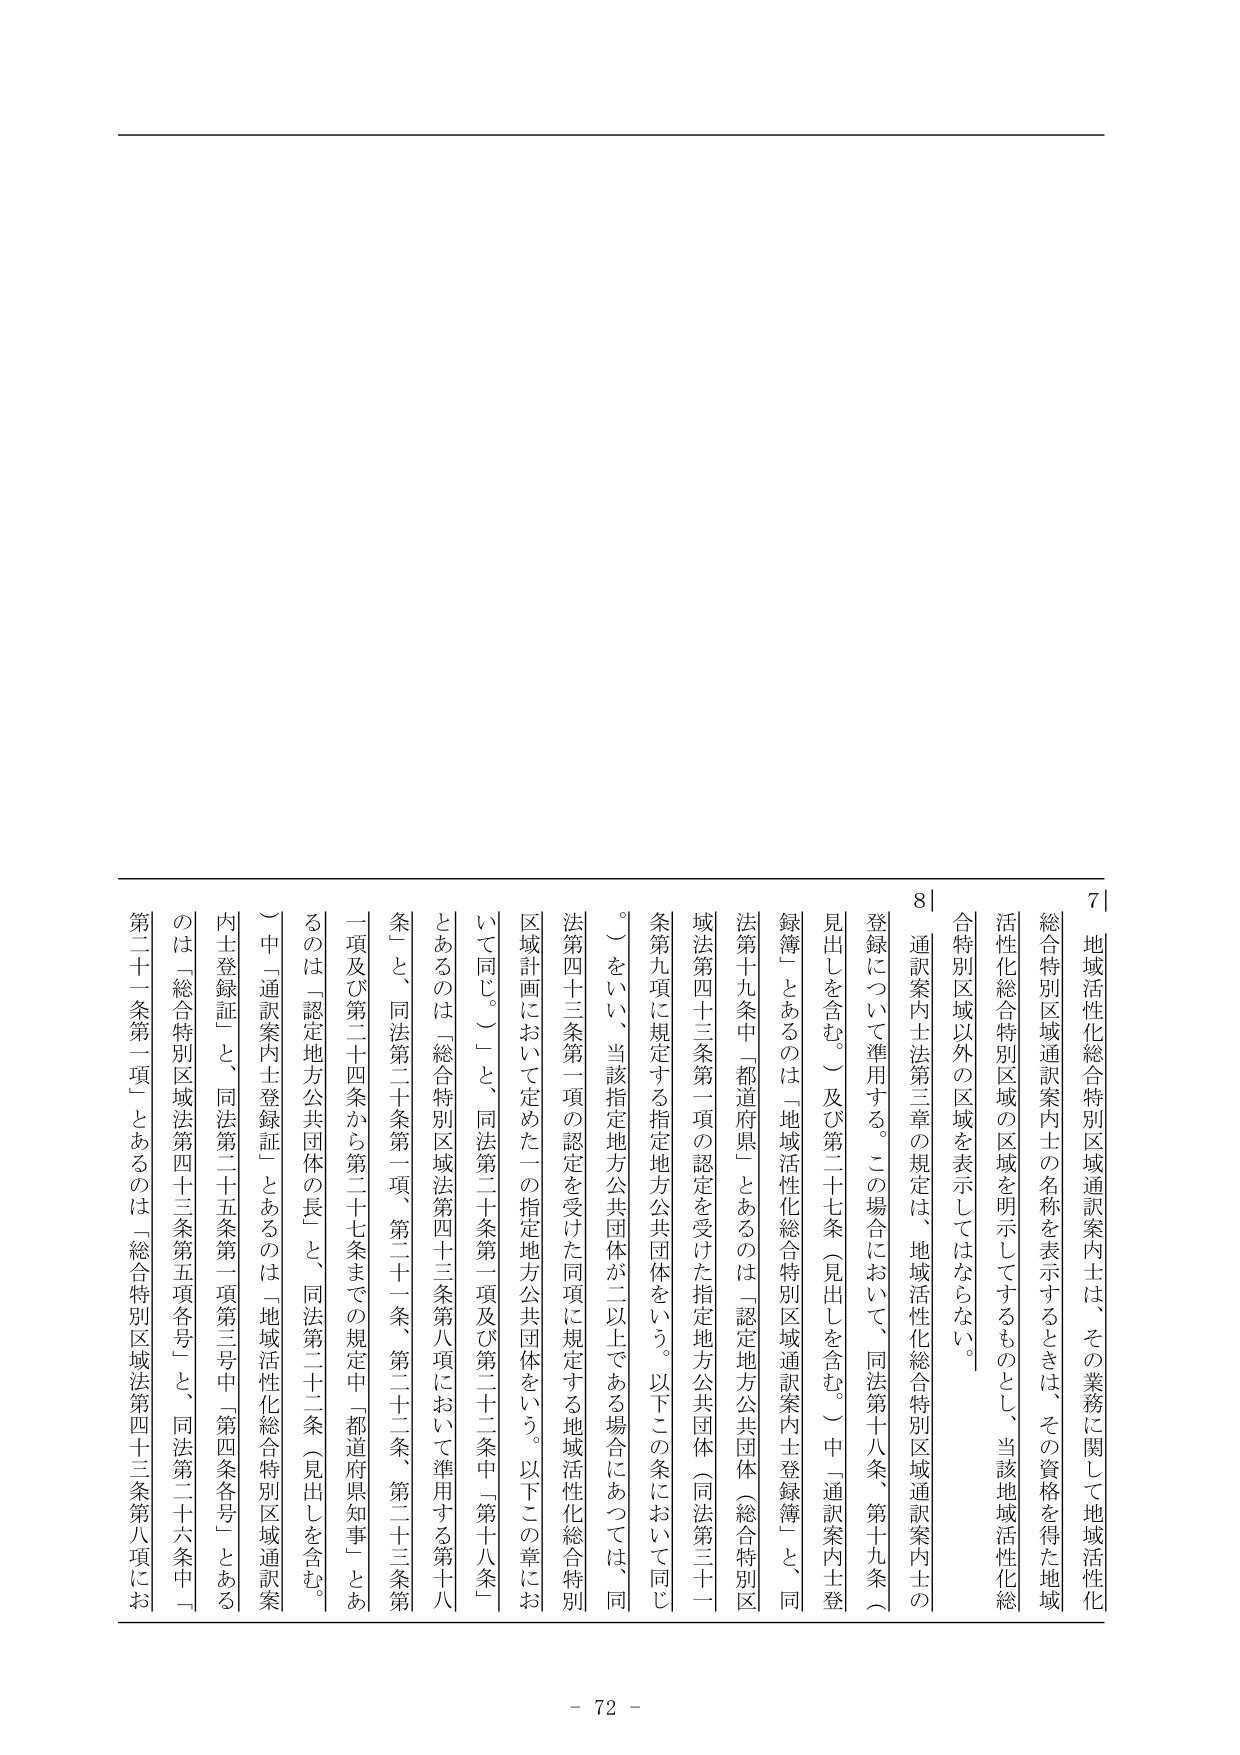
7| 地域活性化総合特別区域通訳案内士は、その業務に関して地域活性化
総合特別区域通訳案内士の名称を表示するときは、その資格を得た地域
活性化総合特別区域の区域を明示してするものとし、当該地域活性化総
合特別区域以外の区域を表示してはならない。
8| 通訳案内士法第三章の規定は、地域活性化総合特別区域通訳案内士の
登録について準用する。この場合において、同法第十八条、第十九条（
見出しを含む。）及び第二十七条（見出しを含む。）中「通訳案内士登
録簿」とあるのは「地域活性化総合特別区域通訳案内士登録簿」と、同
法第十九条中「都道府県」とあるのは「認定地方公共団体（総合特別区
域法第四十三条第一項の認定を受けた指定地方公共団体（同法第三十一
条第九項に規定する指定地方公共団体をいう。以下この条において同じ
。）をいい、当該指定地方公共団体が二以上である場合にあっては、同
法第四十三条第一項の認定を受けた同項に規定する地域活性化総合特別
区域計画において定めた一の指定地方公共団体をいう。以下この章にお
いて同じ。）」と、同法第二十条第一項及び第二十二条中「第十八条一
とあるのは「総合特別区域法第四十三条第八項において準用する第十八
条」と、同法第二十条第一項、第二十一条、第二十二条、第二十三条第
一項及び第二十四条から第二十七条までの規定中「都道府県知事」とあ
るのは「認定地方公共団体の長」と、同法第二十二条（見出しを含む。
）中「通訳案内士登録証」とあるのは「地域活性化総合特別区域通訳案
内士登録証」と、同法第二十五条第一項第三号中「第四条各号」とある
のは「総合特別区域法第四十三条第五項各号」と、同法第二十六条中「
第二十一条第一項」とあるのは「総合特別区域法第四十三条第八項にお

- 72 -